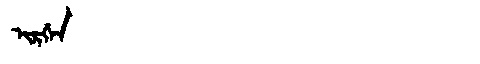
Manchu: ᡳᡵᡤᡝᠨ
Romanization: IRGEN